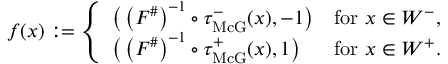
f ( x ) : = \left\{ \begin{array} { l l } { \big ( \left( F ^ { \# } \right) ^ { - 1 } \circ \tau _ { \operatorname { M c G } } ^ { - } ( x ) , - 1 \big ) } & { \mathrm { f o r } \ x \in W ^ { - } , } \\ { \big ( \left( F ^ { \# } \right) ^ { - 1 } \circ \tau _ { \operatorname { M c G } } ^ { + } ( x ) , 1 \big ) } & { \mathrm { f o r } \ x \in W ^ { + } . } \end{array} \right.